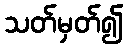
သတ်မှတ်၍